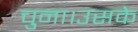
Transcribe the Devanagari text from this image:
चुना।उसके